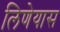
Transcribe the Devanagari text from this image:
लिणेयास